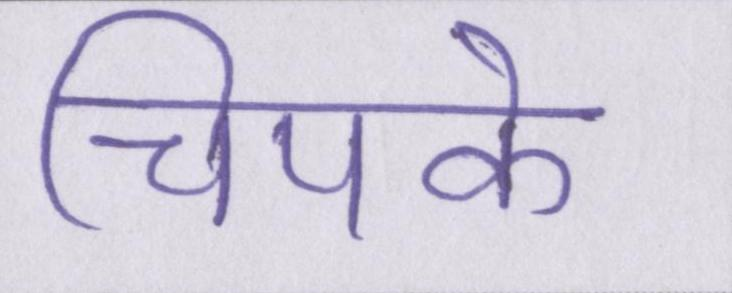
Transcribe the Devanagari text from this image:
चिपके